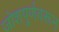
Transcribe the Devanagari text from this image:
जोशपूर्णवरून